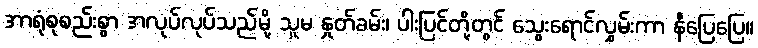
အာရုံစုစည်းစွာ အလုပ်လုပ်သည်မို့ သူမ နှုတ်ခမ်း၊ ပါးပြင်တို့တွင် သွေးရောင်လွှမ်းကာ နီပြေပြေ။